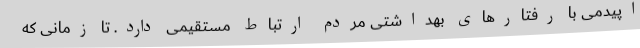
اپیدمی با رفتارهای بهداشتی مردم ارتباط مستقیمی دارد. تا زمانی که